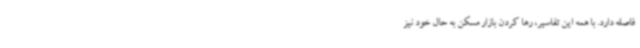
فاصله دارد. با همه این تفاسیر، رها کردن بازار مسکن به حال خود نیز